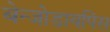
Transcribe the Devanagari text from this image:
बेन्जोडायपिंस